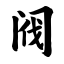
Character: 阀